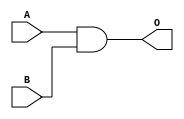
module AND (
    A,
    B,
    O
);

input  A;
input  B;
output O;

wire A;
wire B;
reg  O;

assign O = A & B;

endmodule